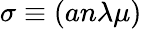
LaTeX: \sigma\equiv(an\lambda\mu)